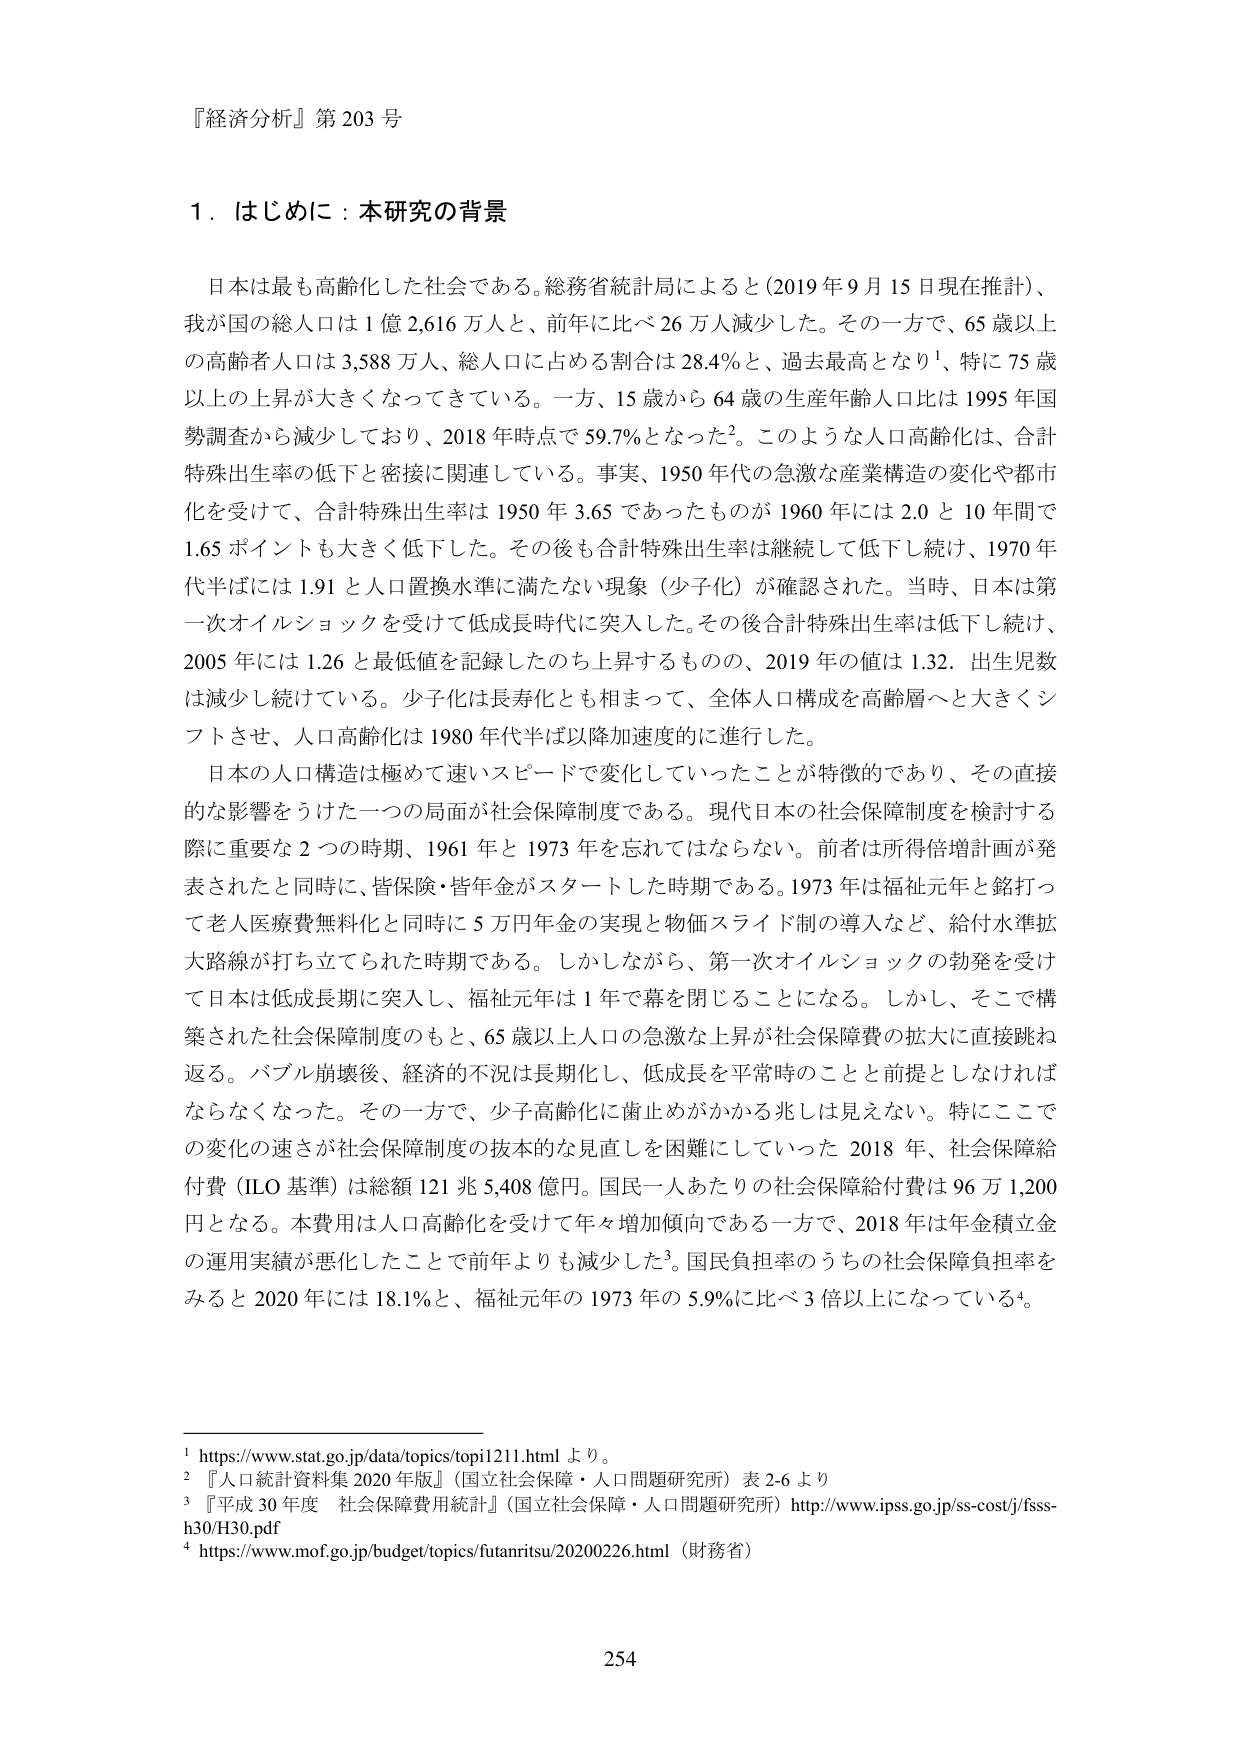
『経済分析』第203号

1．はじめに：本研究の背景

日本は最も高齢化した社会である。総務省統計局によると（2019年9月15日現在推計）、我が国の総人口は1億2,616万人と、前年に比べ26万人減少した。その一方で、65歳以上の高齢者人口は3,588万人、総人口に占める割合は28.4％と、過去最高となり、特に75歳以上の上昇が大きくなってきている。一方、15歳から64歳の生産年齢人口比は1995年国勢調査から減少しており、2018年時点で59.7％となった。このような人口高齢化は、合計特殊出生率の低下と密接に関連している。事実、1950年代の急激な産業構造の変化や都市化を受けて、合計特殊出生率は1950年3.65であったものが1960年には2.0と10年間で1.65ポイントも大きく低下した。その後も合計特殊出生率は継続して低下し続け、1970年代半ばには1.91と人口置換水準に満たない現象（少子化）が確認された。当時、日本は第一次オイルショックを受けて低成長時代に突入した。その後合計特殊出生率は低下し続け、2005年には1.26と最低値を記録したのち上昇するものの、2019年の値は1.32、出生児数は減少し続けている。少子化は長寿化とも相まって、全体人口構成を高齢層へと大きくシフトさせ、人口高齢化は1980年代半ば以降加速度的に進行した。

日本の人口構造は極めて速いスピードで変化していったことが特徴的であり、その直接的な影響をうけた一つの局面が社会保障制度である。現代日本の社会保障制度を検討する際に重要な2つの時期、1961年と1973年を忘れてはならない。前者は所得倍増計画が発表されたと同時に、皆保険・皆年金がスタートした時期である。1973年は福祉元年と銘打って老人医療費無料化と同時に5万円年金の実現と物価スライド制の導入など、給付水準拡大路線が打ち立てられた時期である。しかしながら、第一次オイルショックの勃発を受けて日本は低成長期に突入し、福祉元年は1年で幕を閉じることになる。しかし、そこで構築された社会保障制度のもと、65歳以上人口の急激な上昇が社会保障費の拡大に直接跳ね返る。バブル崩壊後、経済的不況は長期化し、低成長を平常時のことと前提としなければならなくなった。その一方で、少子高齢化に歯止めがかかる兆しは見えない。特にここでの変化の速さが社会保障制度の抜本的な見直しを困難にしていた2018年、社会保障給付費（ILO基準）は総額121兆5,408億円。国民一人あたりの社会保障給付費は96万1,200円となる。本費用は人口高齢化を受けて年々増加傾向である一方で、2018年は年金積立金の運用実績が悪化したことで前年よりも減少した。国民負担率のうちの社会保障負担率をみると2020年には18.1％と、福祉元年の1973年の5.9％に比べ3倍以上になっている。

1 https://www.stat.go.jp/data/topics/topi1211.html より。
2 『人口統計資料集2020年版』（国立社会保障・人口問題研究所）表2-6より
3 『平成30年度 社会保障費用統計』（国立社会保障・人口問題研究所）http://www.ipss.go.jp/ss-cost/j/fsss-h30/H30.pdf
4 https://www.mof.go.jp/budget/topics/futamritsu/20200226.html（財務省）

254